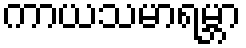
ကာယသမာရမ္ဘာ